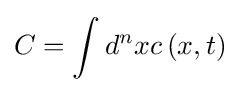
C=\int d^{n}xc\left(x,t\right)